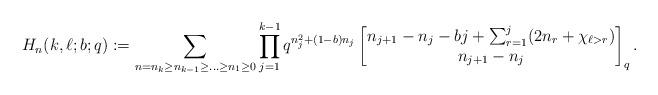
LaTeX: \begin{align*}H_{n}(k,\ell;b;q) := \sum_{n = n_k \geq n_{k-1} \geq \ldots \geq n_1 \geq 0} \prod_{j=1}^{k-1} q^{n_j^2+(1-b)n_j} \begin{bmatrix} n_{j+1}-n_j - bj + \sum_{r=1}^j (2n_r + \chi_{\ell > r}) \\ n_{j+1}-n_j \end{bmatrix}_q.\end{align*}